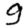
Digit: 9